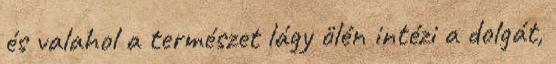
és valahol a természet lágy ölén intézi a dolgát,